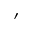
^ \prime